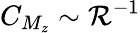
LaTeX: C_{M_{z}}\sim\mathcal{R}^{-1}